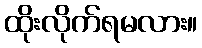
ထိုးလိုက်ရမလား။